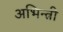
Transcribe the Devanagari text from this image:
अभिन्त्री